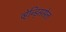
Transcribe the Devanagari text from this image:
व्हेन्ड्सिसेल